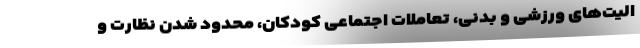
الیت‌های ورزشی و بدنی‌، تعاملات اجتماعی کودکان، محدود شدن نظارت و